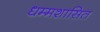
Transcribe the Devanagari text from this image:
धम्मशासित